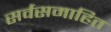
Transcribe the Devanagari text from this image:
सर्वसमाहित